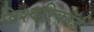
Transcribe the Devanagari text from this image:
विश्वरिकॉर्ड